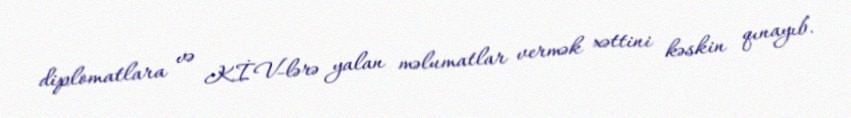
diplomatlara və KİV-lərə yalan məlumatlar vermək xəttini kəskin qınayıb.